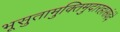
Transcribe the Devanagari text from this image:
भूसुतामुक्तिमुदारहासंवंदे